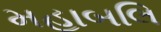
મહાબલિ